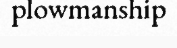
plowmanship